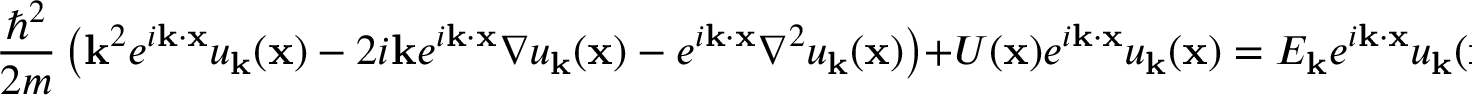
{ \frac { \hbar ^ { 2 } } { 2 m } } \left( \mathbf { k } ^ { 2 } e ^ { i \mathbf { k } \cdot \mathbf { x } } u _ { \mathbf { k } } ( \mathbf { x } ) - 2 i \mathbf { k } e ^ { i \mathbf { k } \cdot \mathbf { x } } \nabla u _ { \mathbf { k } } ( \mathbf { x } ) - e ^ { i \mathbf { k } \cdot \mathbf { x } } \nabla ^ { 2 } u _ { \mathbf { k } } ( \mathbf { x } ) \right) + U ( \mathbf { x } ) e ^ { i \mathbf { k } \cdot \mathbf { x } } u _ { \mathbf { k } } ( \mathbf { x } ) = E _ { \mathbf { k } } e ^ { i \mathbf { k } \cdot \mathbf { x } } u _ { \mathbf { k } } ( \mathbf { x } )